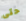
حتى